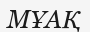
МҰАҚ